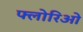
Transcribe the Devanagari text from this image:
फ्लोरिओ